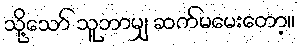
သို့သော် သူဘာမျှ ဆက်မမေးတော့။